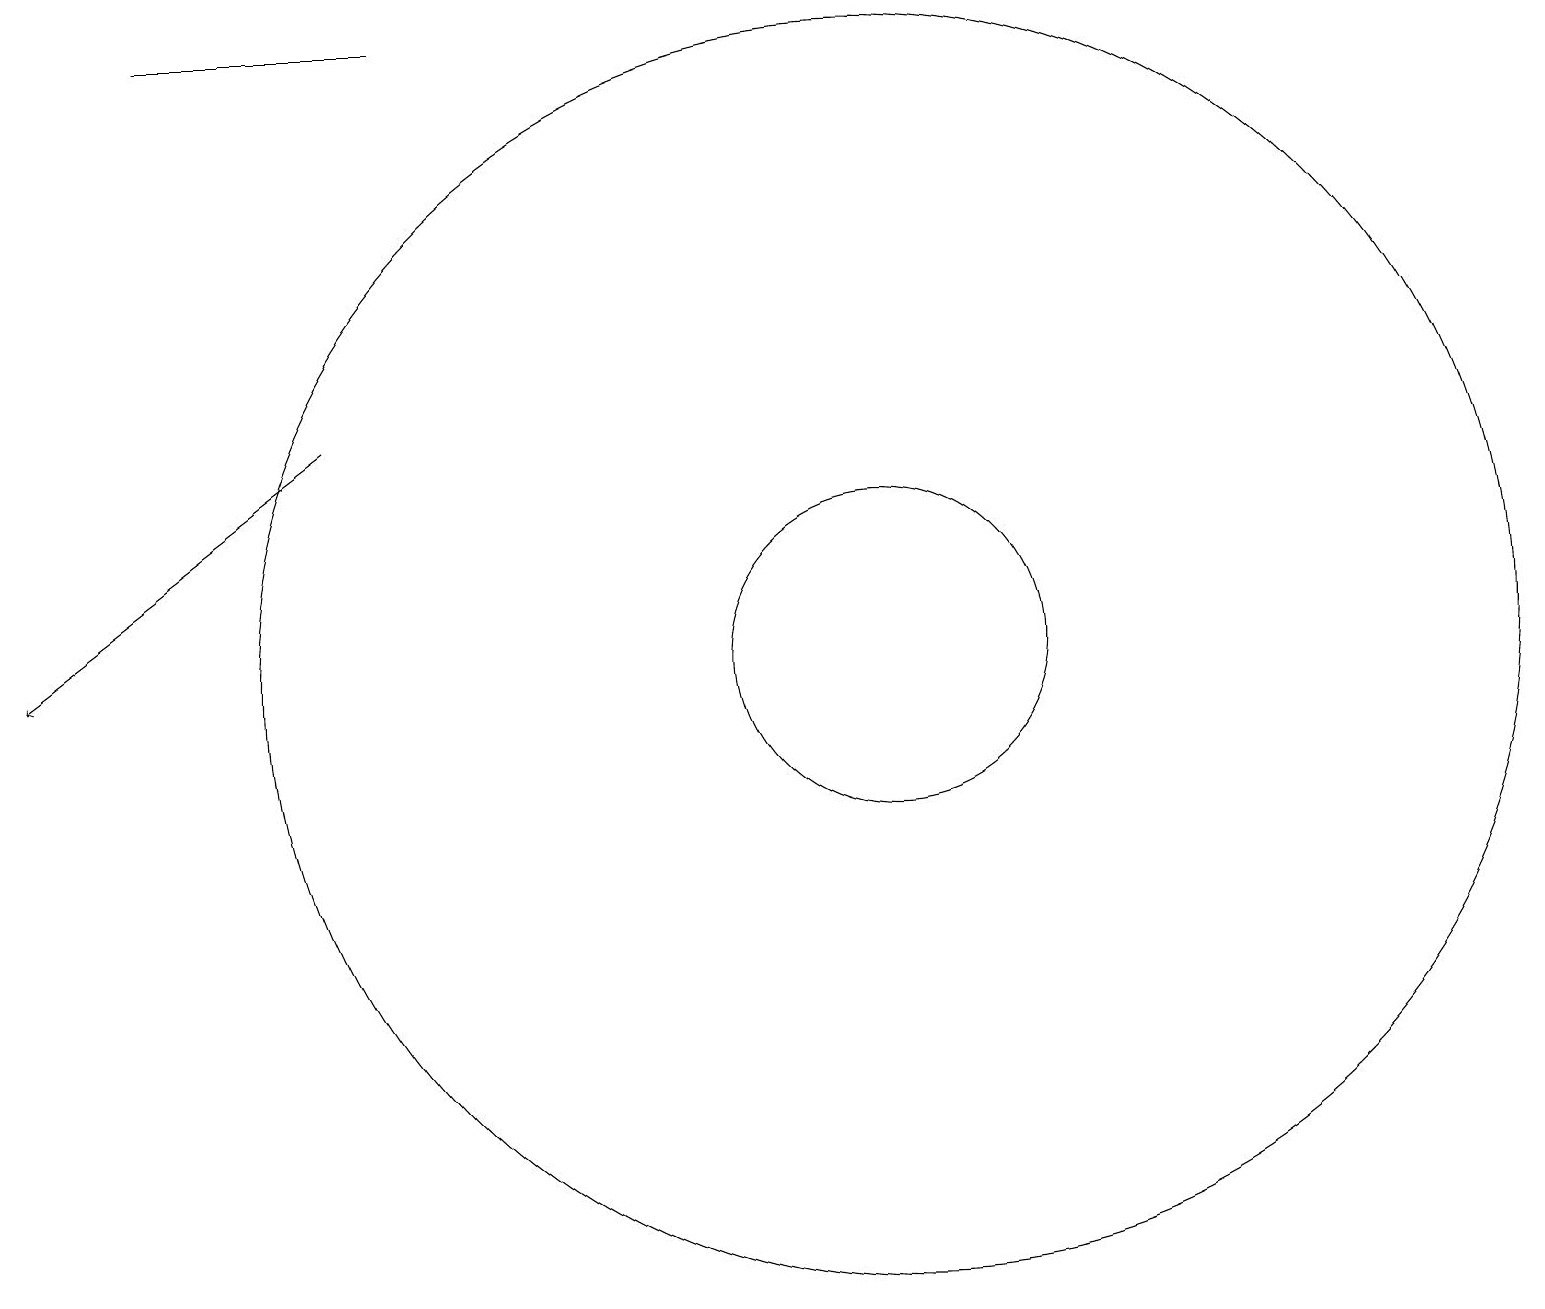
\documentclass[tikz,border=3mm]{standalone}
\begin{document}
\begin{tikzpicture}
\draw (11,10) circle (8);
\draw (5,18) rectangle (2,18);
\draw[->] (4,13) -- (0,10);
\draw (11,10) circle (2);
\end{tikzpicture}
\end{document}